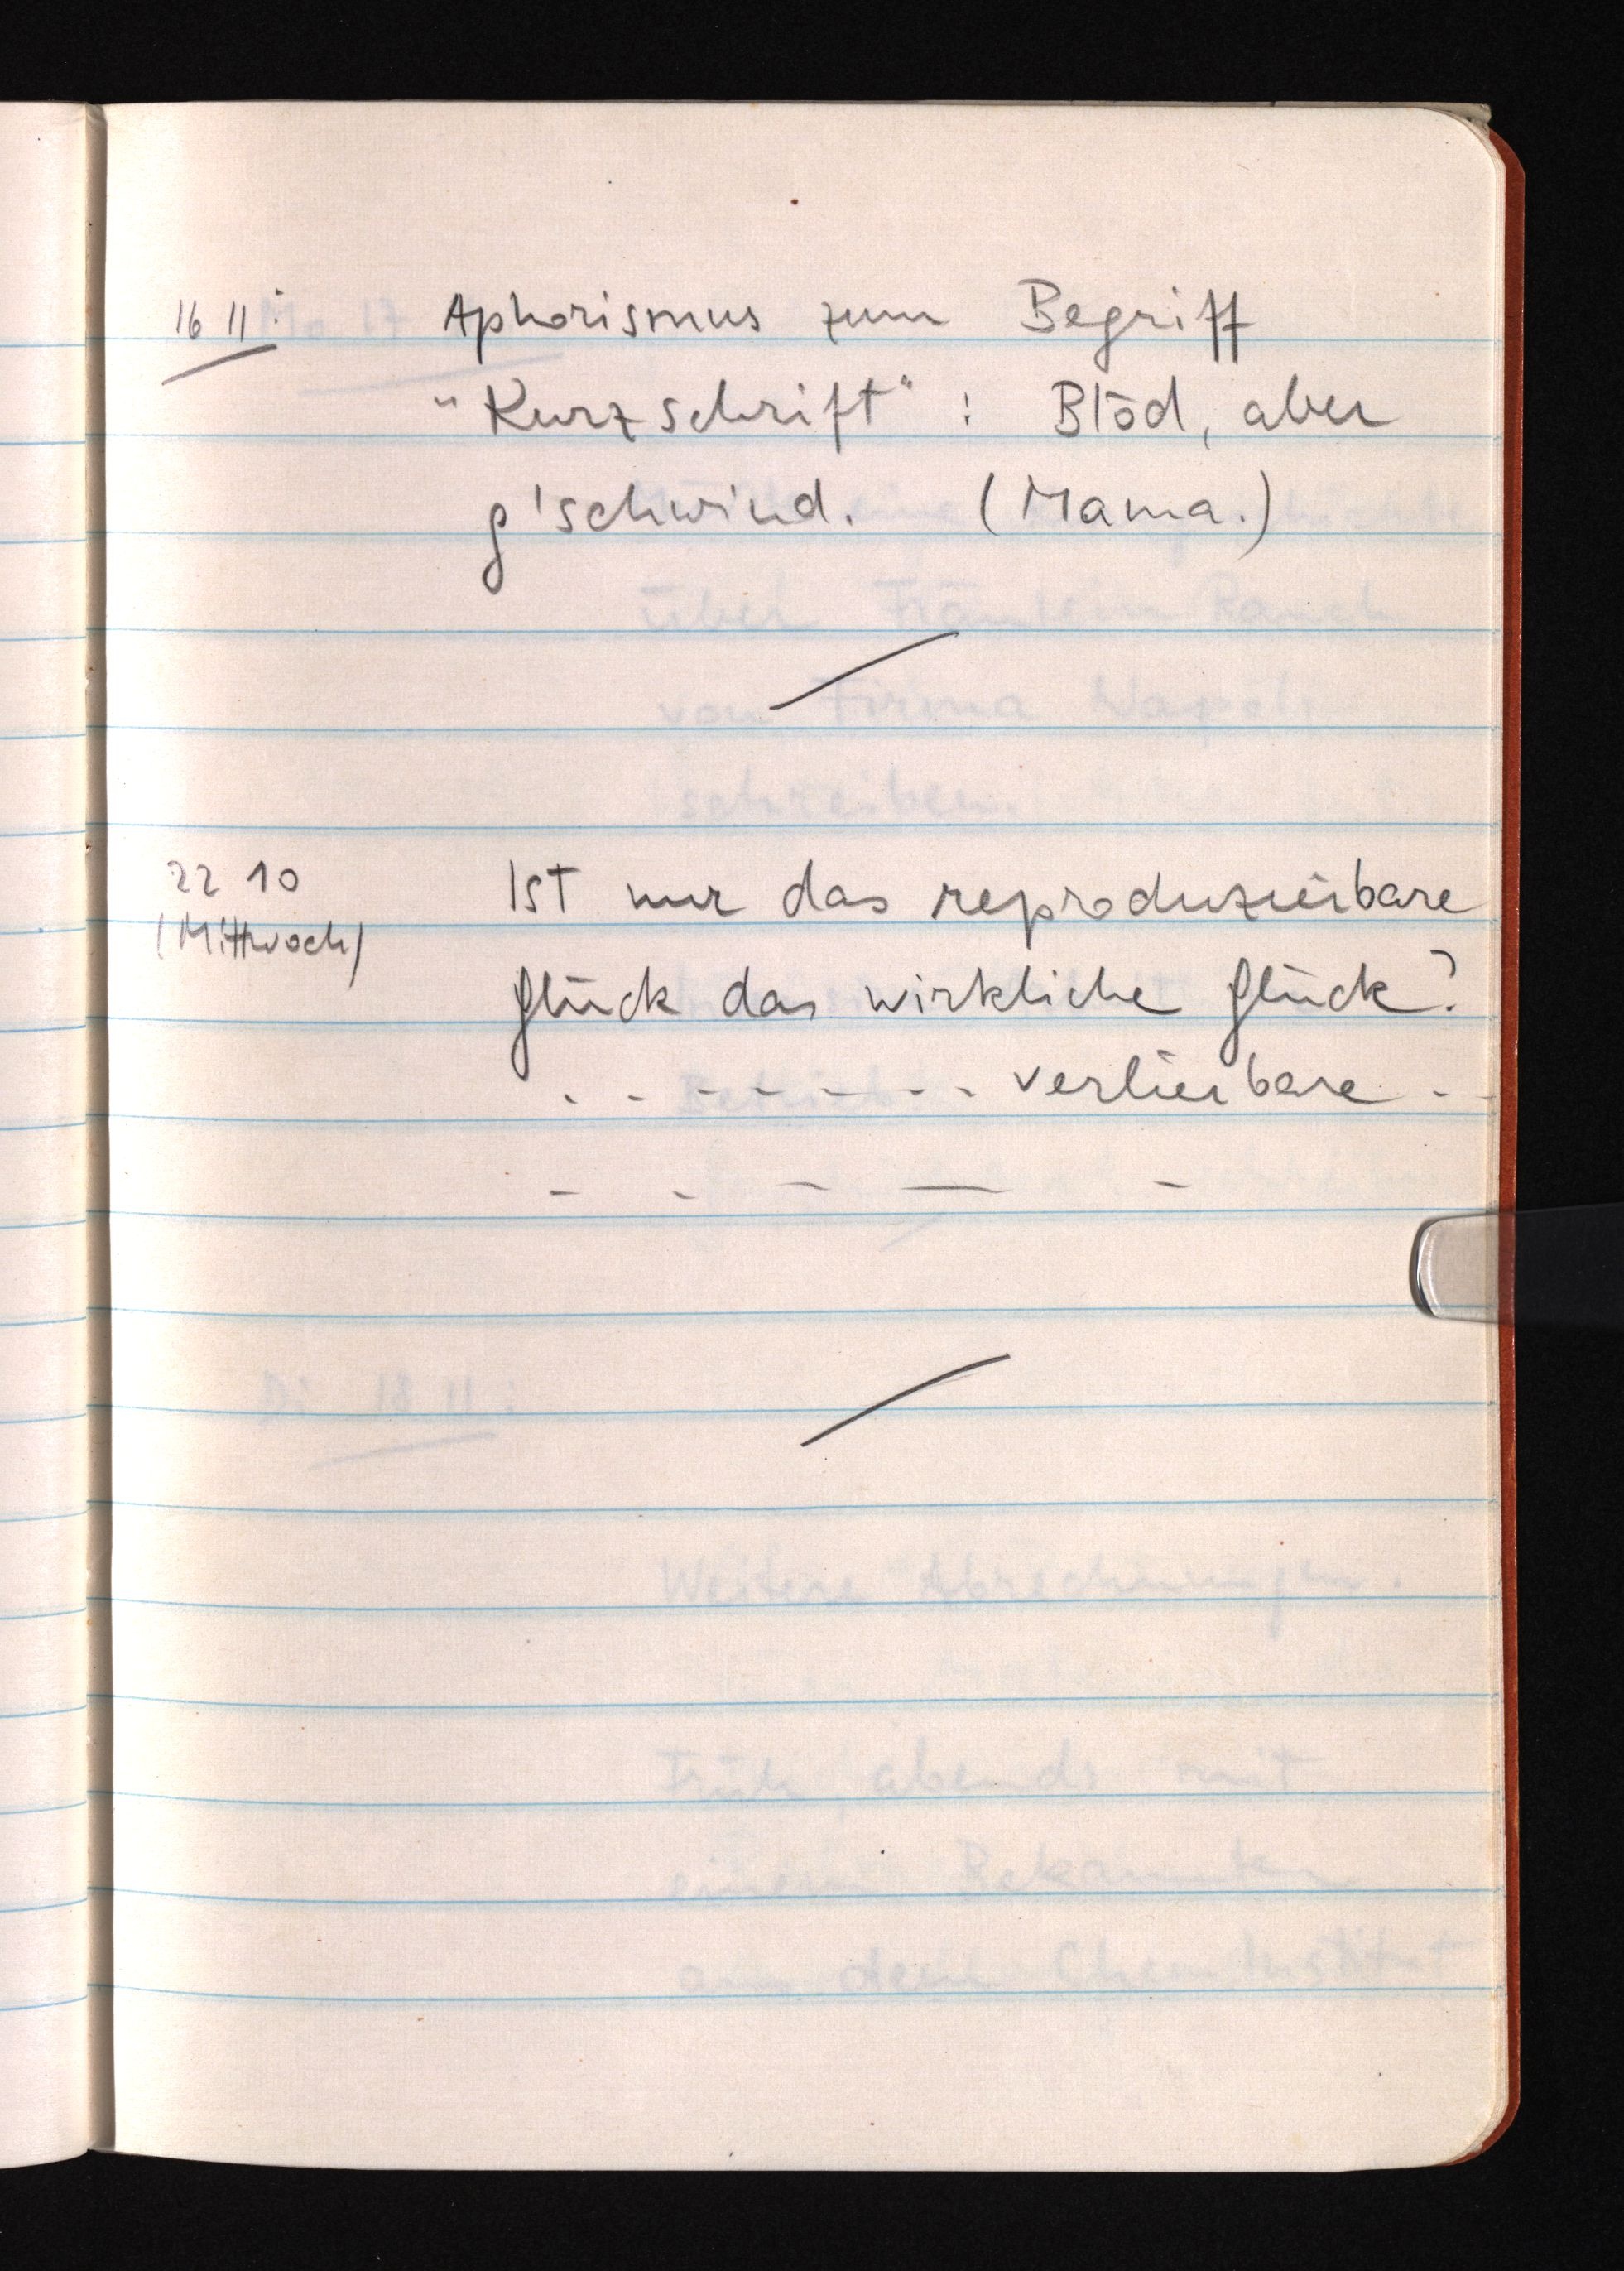
16 11: Aphorismus zum Begriff
"Kurzschrift": Blöd, aber
g'schwind. (Mama.)
22 10
(Mittwoch)
Ist nur das reproduzierbare
Glück das wirkliche Glück?
....... verlierbare ..
.....